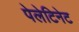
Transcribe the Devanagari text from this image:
पेलेटिनेट